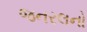
જનરલનો